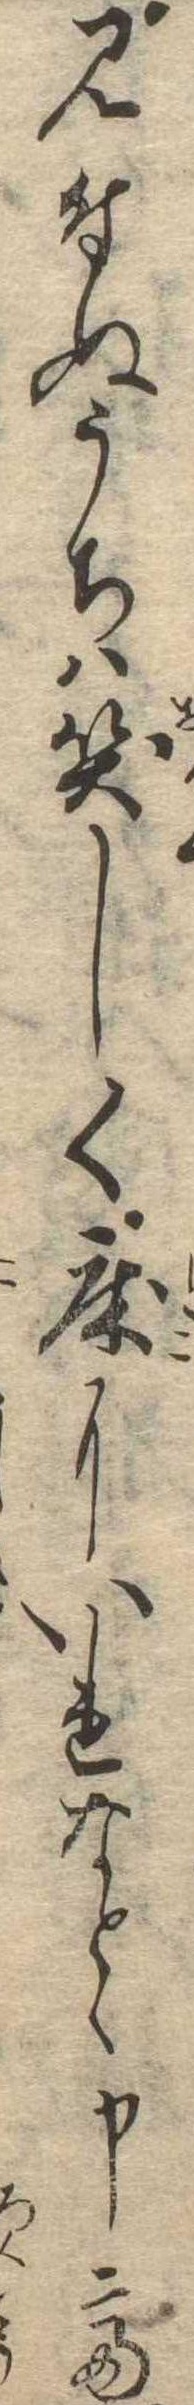
見付ぬうちは笑しく床にいれなとゝ申て